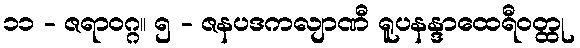
၁၁ - ဇရာဝဂ္ဂ။ ၅ - ဇနပဒကလျာဏီ ရူပနန္ဒာထေရီဝတ္ထု